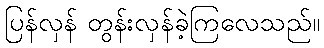
ပြန်လှန် တွန်းလှန်ခဲ့ကြလေသည်။